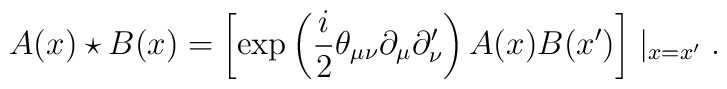
A(x)\star B(x)=\left[\exp\left(\frac i2\theta_{\mu\nu}\partial_\mu\partial '_\nu\right)A(x)B(x')\right]\mid_{x=x'} .